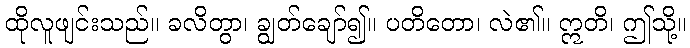
ထိုလူဖျင်းသည်။ ခလိတွာ၊ ချွတ်ချော်၍။ ပတိတော၊ လဲ၏။ ဣတိ၊ ဤသို့။